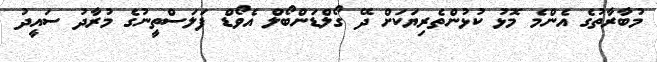
މުބާރާތުގެ އެންމެ މޮޅު ކުޅުންތެރިޔަކަށް ދޭ ގޯލްޑަންބޯލް އެވޯޑް ފަލަސްތީނުގެ މުރާދު ސައީދު